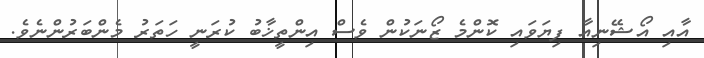
އާއި އޯޝޭނިއާ ފިޔަވައި ކޮންމެ ޒޯނަކުން ވެސް އިންތީޚާބު ކުރަނީ ހަތަރު މެންބަރުންނެވެ.